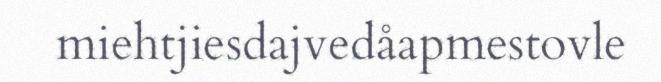
miehtjiesdajvedåapmestovle